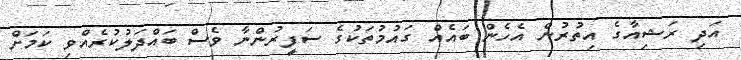
އަދި ރަޝިއާގެ އިތުރުން އެހެން ބައެއް ގައުމުތަކުގެ ސަފީރުންނާ ވެސް ބައްދަލުކުރެއްވި ކަމަށް